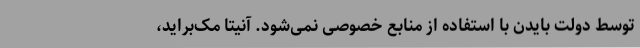
توسط دولت بایدن با استفاده از منابع خصوصی نمی‌شود. آنیتا مک‌براید،